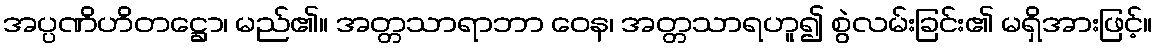
အပ္ပဏိဟိတဋ္ဌော၊ မည်၏။ အတ္တသာရာဘာ ဝေန၊ အတ္တသာရဟူ၍ စွဲလမ်းခြင်း၏ မရှိအားဖြင့်။